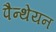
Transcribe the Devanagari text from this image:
पैन्थेयन